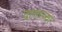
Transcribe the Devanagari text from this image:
दाताच्या